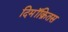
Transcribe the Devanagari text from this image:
दिमॉक्रितस